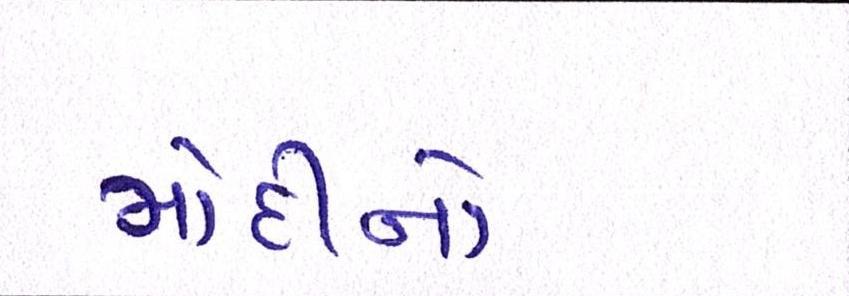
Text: મોદીનો